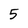
Character: 5